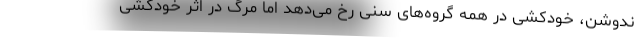
ندوشن، خودکشی در همه گروه‌های سنی رخ می‌دهد اما مرگ در اثر خودکشی